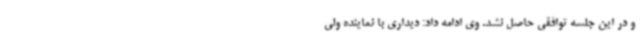
و در این جلسه توافقی حاصل نشد. وی ادامه داد: دیداری با نماینده ولی‌